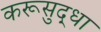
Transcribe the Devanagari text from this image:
करूसुद्धा